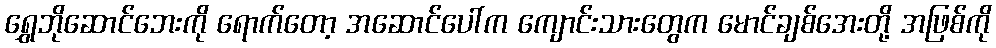
ရွှေဘိုဆောင်ဘေးကို ရောက်တော့ အဆောင်ပေါ်က ကျောင်းသားတွေက မောင်ချစ်အေးတို့ အဖြစ်ကို